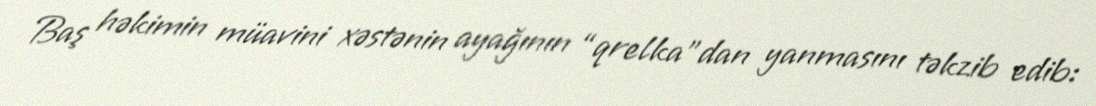
Baş həkimin müavini xəstənin ayağının “qrelka”dan yanmasını təkzib edib: